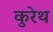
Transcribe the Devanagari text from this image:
कुरेथ